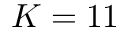
K = 1 1